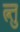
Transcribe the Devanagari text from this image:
त्न्तु